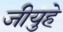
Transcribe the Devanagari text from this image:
जीयुहे